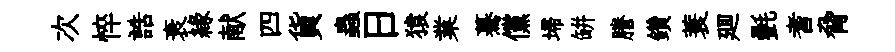
次悴誥衰縁献四貨蟲日猿業驀儻埽缾謄鑽蓑廽㲲耆脅